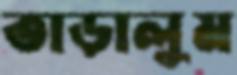
তাড়ালুম